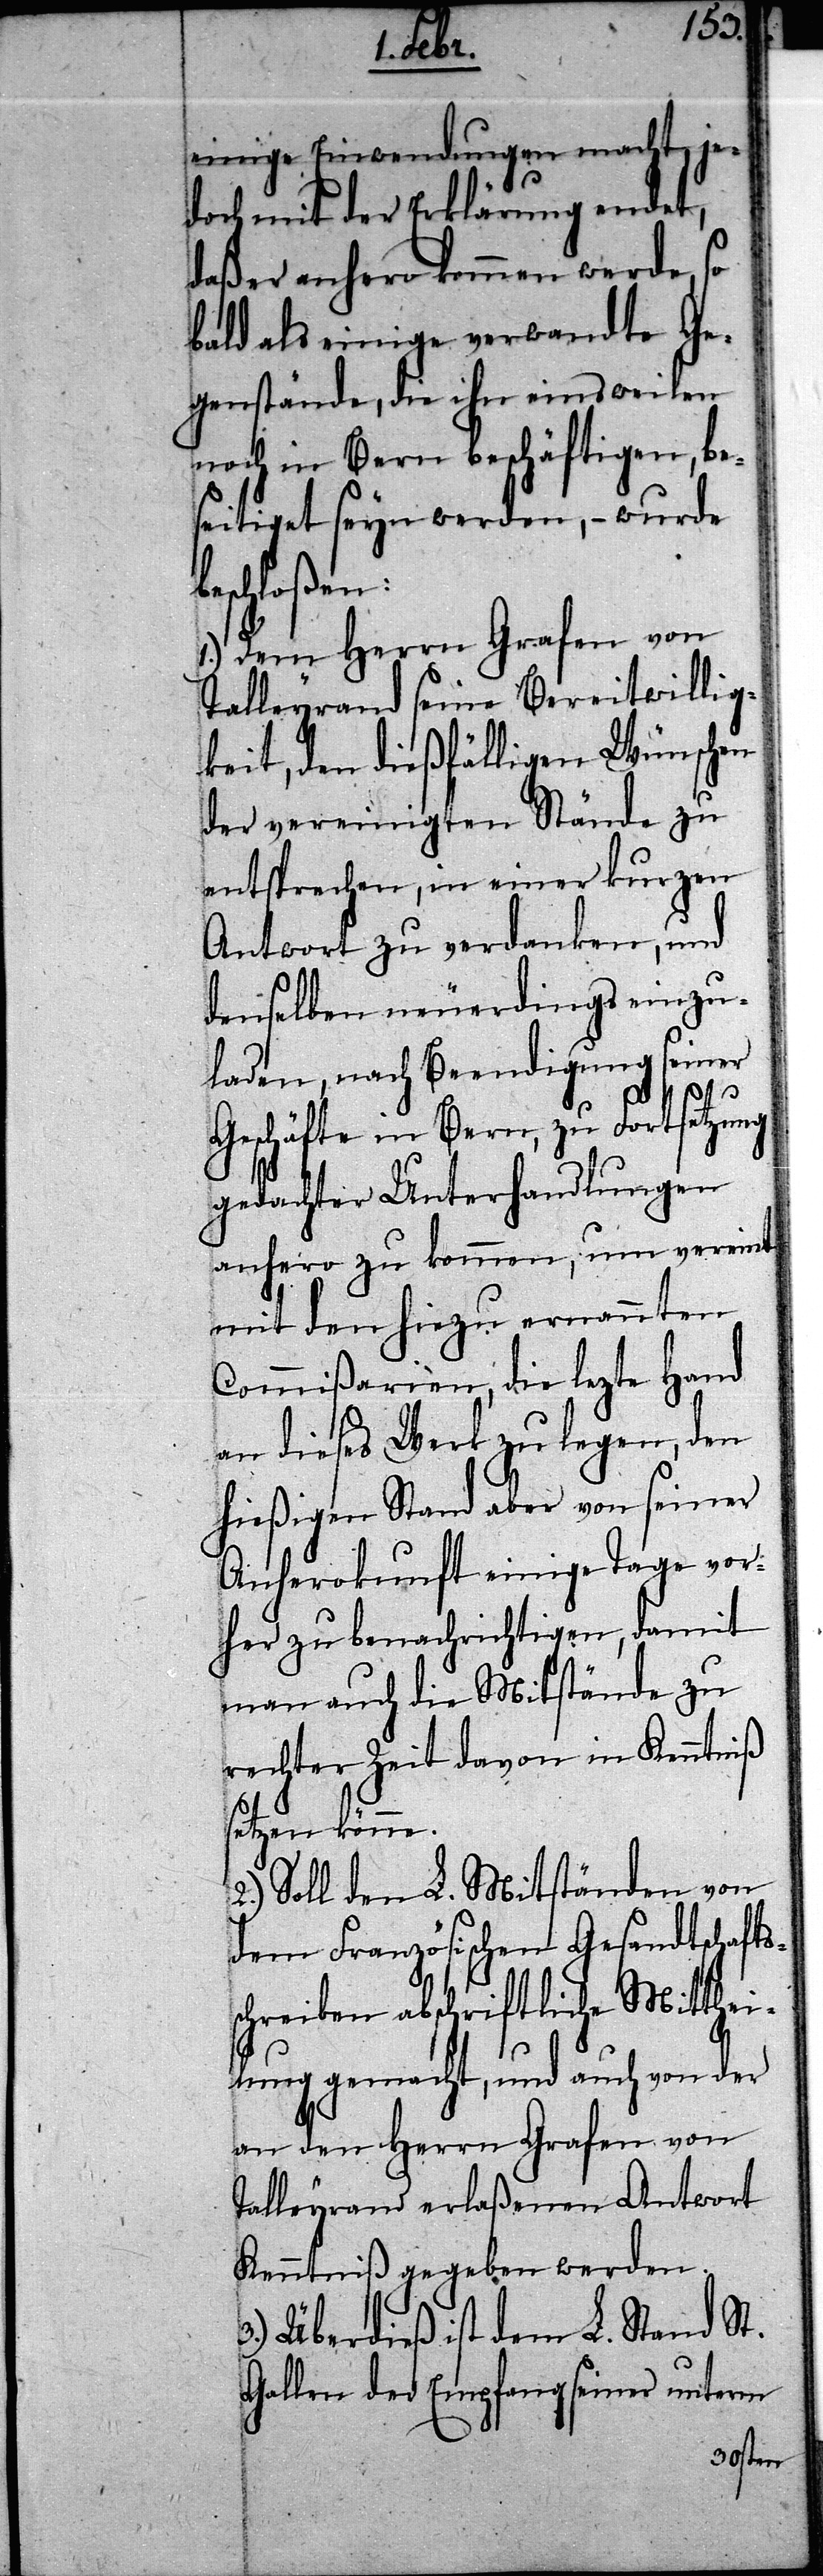
be¬
einige Einwendungen macht, je¬
doch mit der Erklärung endet,
daß er anhero kommen werde, so
bald als einige verwandte Ge¬
genstände, die ihn einsweilen
noch in Bern beschäftigen, be¬
seitiget seyn werden, – wurde
schloßen:
1.) Dem Herrn Grafen von
Talleyrand seine Bereitwillig¬
keit, den dießfälligen Wünschen
der vereinigten Stände zu
entsprechen, in einer kurzen
Antwort zu verdanken, und
demselben neuerdings einzu¬
laden, nach Beendigung seiner
Geschäfte in Bern, zu Fortsetzung
gedachter Unterhandlungen
anhero zu kommen, um vereint
mit den hiezu ernannten
Commißarien, die lezte Hand
an dieses Werk zu legen, den
hießigen Stand aber von seiner
Anherokunft einige Tage vor¬
her zu benachrichtigen, damit
man auch die Mitstände zu
rechter Zeit davon in Kenntniß
setzen könne.
2.) Soll den L. Mitständen von
dem Französischen Gesandtschafts¬
schreiben abschriftliche Mitthei¬
lung gemacht, und auch von der
an den Herrn Grafen von
Talleyrand erlaßenen Antwort
Kenntniß gegeben werden.
3.) Überdieß ist dem L. Stand St.
Gallen der Empfang seiner unterm